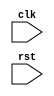
`timescale 1ns / 1ps
//////////////////////////////////////////////////////////////////////////////////
// Company: 
// Engineer: 
// 
// Design Name: 
// Module Name: Top_Module
// Project Name: 
// Target Devices: 
// Tool Versions: 
// Description: 
// 
// Dependencies: 
// 
// Revision:
// Revision 0.01 - File Created
// Additional Comments:
// 
//////////////////////////////////////////////////////////////////////////////////


module Top_Module(
input clk,
input rst
);
endmodule